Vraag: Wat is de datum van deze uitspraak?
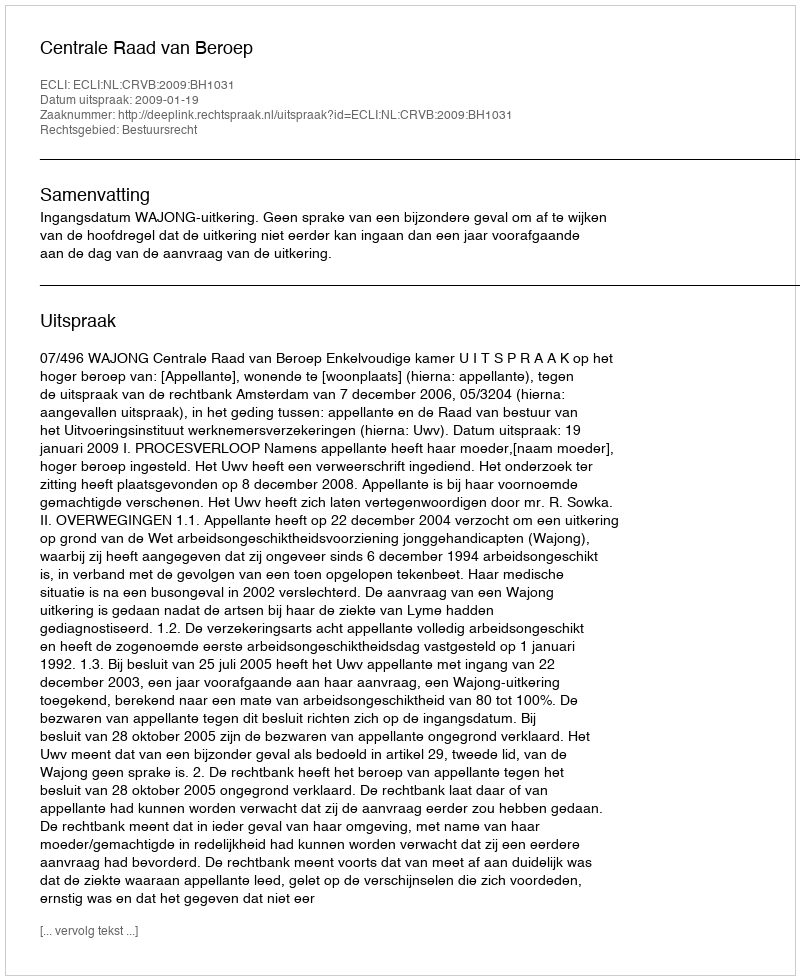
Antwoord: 2009-01-19